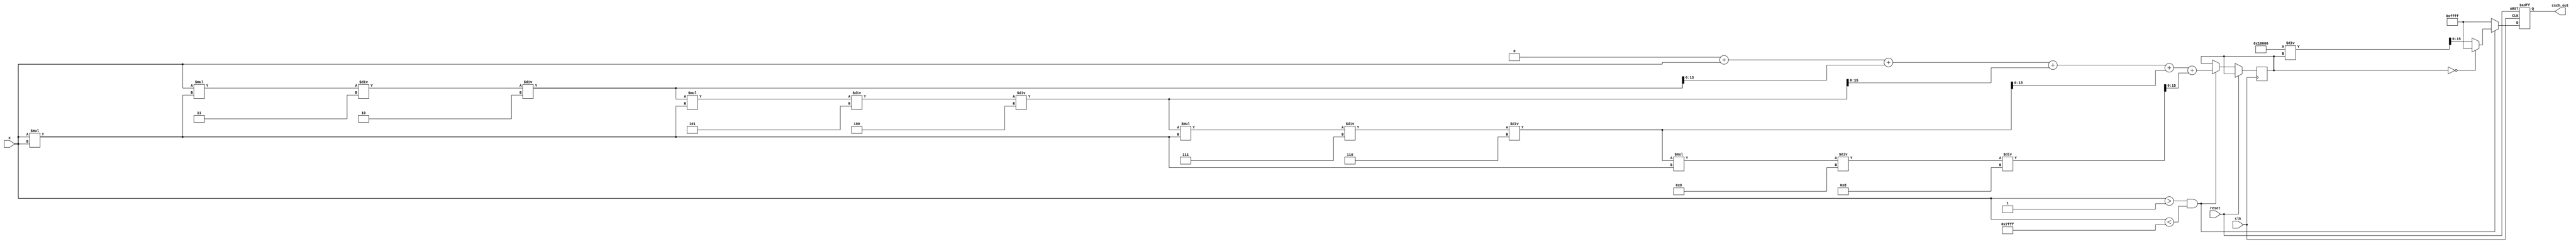
module csch(
    input wire [15:0] x,        // Input signal (fixed-point representation)
    output reg [15:0] csch_out, // Output signal (fixed-point representation)
    input wire clk,
    input wire reset
);

    // Parameters for fixed-point representation
    parameter FIXED_POINT_FRACTIONAL_BITS = 8;
    parameter FIXED_POINT_INTEGER_BITS = 8;
    parameter MAX_INPUT = 16'h7FFF; // Max value for input
    parameter MIN_INPUT = 16'h0001; // Min non-zero value for input

    reg [15:0] sinh_out;
    reg valid_input;

    // Function to compute sinh(x) using Taylor series expansion
    function [15:0] sinh;
        input [15:0] x;
        reg [31:0] x_squared;
        reg [31:0] term;
        integer i;
        begin
            sinh = 0;
            x_squared = x * x; // x^2

            // Taylor series: sinh(x) = x + x^3/3! + x^5/5! + ...
            term = x; // First term
            sinh = sinh + term;

            for (i = 1; i < 5; i = i + 1) begin
                term = (term * x_squared) / (2*i + 1) / (2*i); // x^(2*i+1)/(2*i+1)!
                sinh = sinh + term[15:0]; // Add only the lower 16 bits
            end
        end
    endfunction

    // Function to compute reciprocal (1/sinh)
    function [15:0] reciprocal;
        input [15:0] value;
        begin
            if (value == 0) begin
                reciprocal = 16'hFFFF; // Return max value for error handling
            end else begin
                reciprocal = (1 << (FIXED_POINT_FRACTIONAL_BITS + FIXED_POINT_INTEGER_BITS)) / value; // Fixed-point reciprocal
            end
        end
    endfunction

    // Main process
    always @(posedge clk or posedge reset) begin
        if (reset) begin
            csch_out <= 16'h0000; // Reset output
            valid_input <= 1'b0;
        end else begin
            // Check for valid input range
            if (x > MIN_INPUT && x < MAX_INPUT) begin
                valid_input <= 1'b1;
                sinh_out <= sinh(x); // Calculate sinh(x)
                csch_out <= reciprocal(sinh_out); // Calculate csch(x) = 1/sinh(x)
            end else begin
                valid_input <= 1'b0;
                csch_out <= 16'hFFFF; // Error condition
            end
        end
    end

endmodule